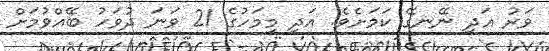
ވަރު އަދި ނޭނގޭ ކަމަށެވެ. އަދި މިމަހުގެ 21 ވަނަ ދުވަހު ބޭއްވުމަށް